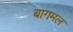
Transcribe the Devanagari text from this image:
बागमल